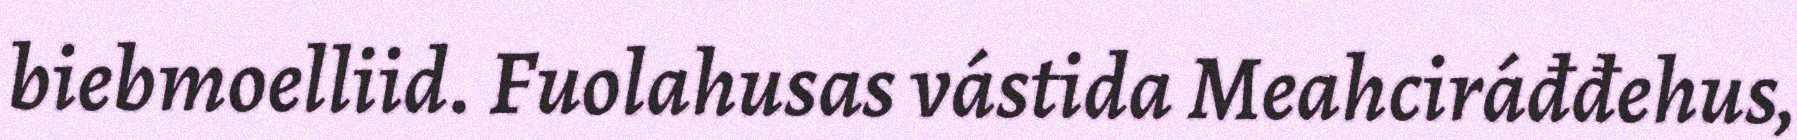
biebmoelliid. Fuolahusas vástida Meahciráđđehus,